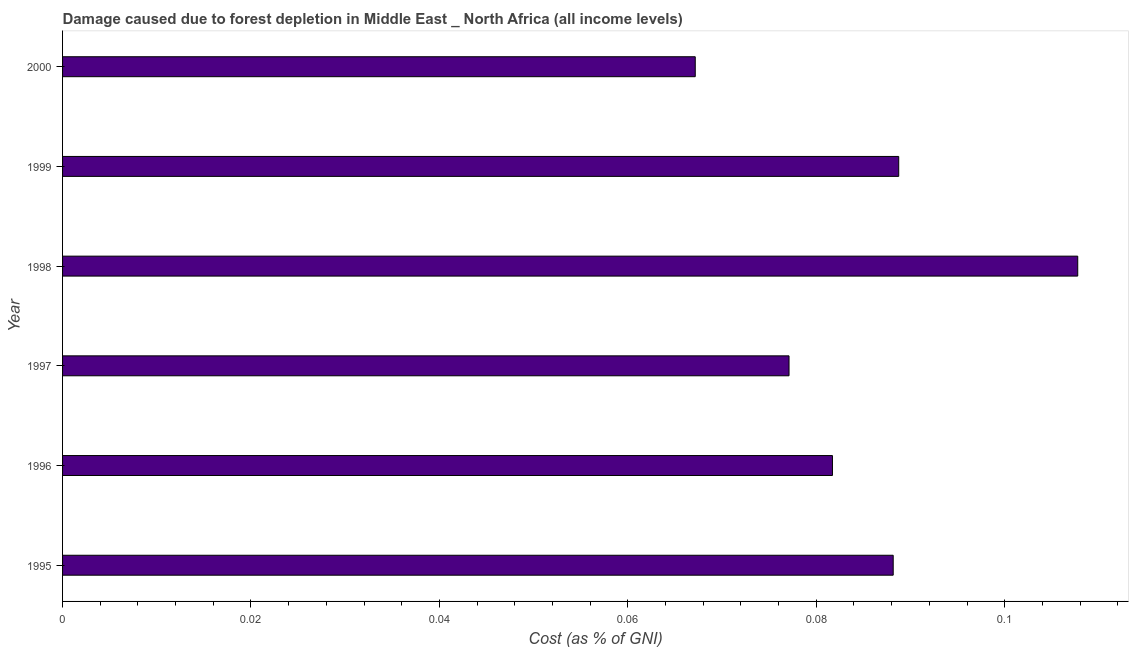
| Year | net forest depletion |
 | --- | --- |
 | 1995 | 0.0882 |
 | 1996 | 0.0817 |
 | 1997 | 0.0771 |
 | 1998 | 0.108 |
 | 1999 | 0.0888 |
 | 2000 | 0.0672 |